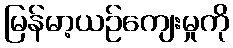
မြန်မာ့ယဉ်ကျေးမှုကို